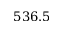
5 3 6 . 5